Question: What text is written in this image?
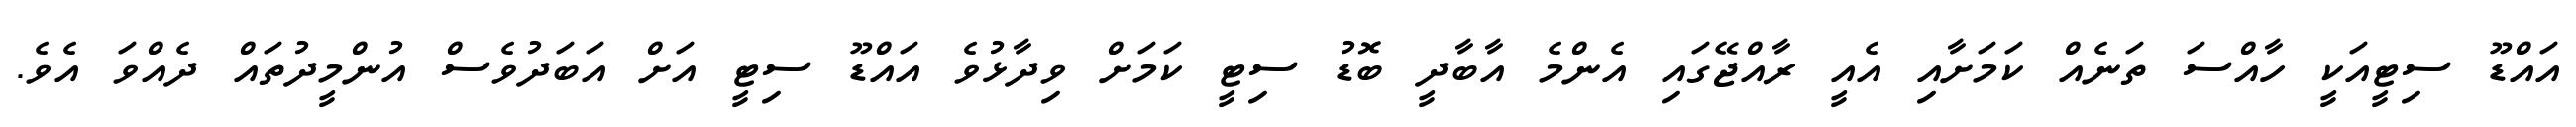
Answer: އައްޑޫ ސިޓީއަކީ ހާއްސަ ތަނެއް ކަމަށާއި އެއީ ރާއްޖޭގައި އެންމެ އާބާދީ ބޮޑު ސިޓީ ކަމަށް ވިދާޅުވެ އައްޑޫ ސިޓީ އަށް އަބަދުވެސް އުންމީދުތައް ދެއްވަ އެވެ.